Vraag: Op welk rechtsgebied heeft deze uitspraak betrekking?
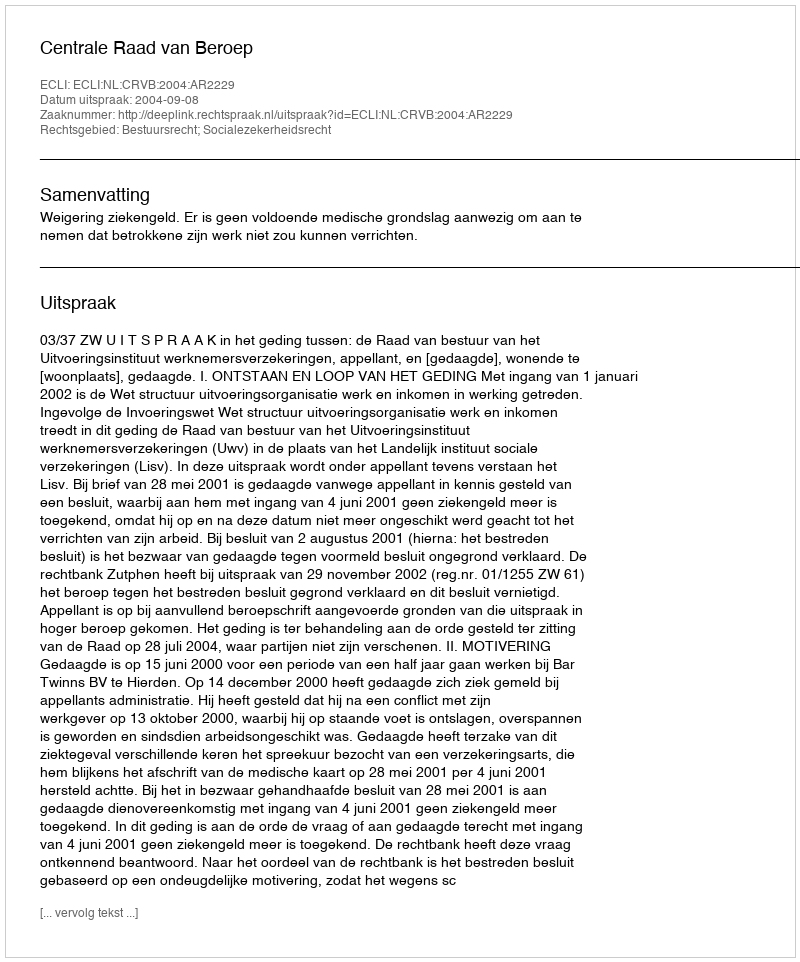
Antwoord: Bestuursrecht; Socialezekerheidsrecht